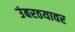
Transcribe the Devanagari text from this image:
उंबरठयावर